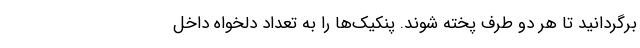
برگردانید تا هر دو طرف پخته شوند. پنکیک‌ها را به تعداد دلخواه داخل